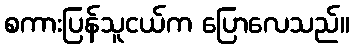
စကားပြန်သူငယ်က ပြောလေသည်။